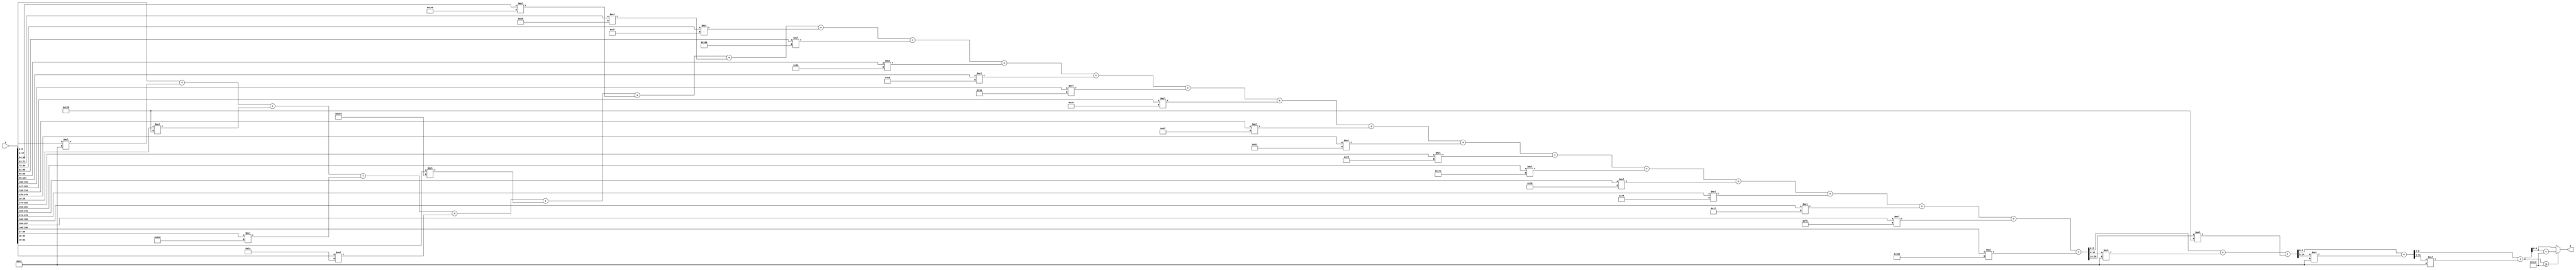
module x_200_mod_461(
    input [200:1] X,
    output [9:1] R
    );

wire [21:1] R_temp_1;
wire [15:1] R_temp_2;
wire [12:1] R_temp_3;
wire [10:1] R_temp_4;
reg [9:1]  R_temp;

assign R_temp_1 = X [ 9 : 1 ]  + X [ 18 : 10 ] * 6'b110011 + X [ 27 : 19 ] * 9'b100101000 + X [ 36 : 28 ] * 9'b101011000 + X [ 45 : 37 ] * 5'b11010 + X [ 54 : 46 ] * 9'b110010100 + X [ 63 : 55 ] * 9'b101000000 + X [ 72 : 64 ] * 8'b10111001 + X [ 81 : 73 ] * 8'b11010111 + X [ 90 : 82 ] * 9'b101101010 + X [ 99 : 91 ] * 5'b10110 + X [ 108 : 100 ] * 8'b11001000 + X [ 117 : 109 ] * 6'b111010 + X [ 126 : 118 ] * 8'b11000000 + X [ 135 : 127 ] * 7'b1101111 + X [ 144 : 136 ] * 8'b10000001 + X [ 153 : 145 ] * 7'b1111101 + X [ 162 : 154 ] * 9'b101111110 + X [ 171 : 163 ] * 7'b1111000 + X [ 180 : 172 ] * 7'b1111111 + X [ 189 : 181 ] * 5'b10111 + X [ 198 : 190 ] * 8'b11111011 + X [ 200 : 199 ] * 9'b101100010 ;

assign R_temp_2 = R_temp_1 [ 9 : 1 ]  + R_temp_1 [ 18 : 10 ] * 6'b110011 + R_temp_1 [ 21 : 19 ] * 9'b100101000 ;

assign R_temp_3 = R_temp_2 [ 9 : 1 ]  + R_temp_2 [ 15 : 10 ] * 6'b110011 ;

assign R_temp_4 = R_temp_3 [ 9 : 1 ]  + R_temp_3 [ 12 : 10 ] * 6'b110011 ;

always @(R_temp_4)
begin
  if (R_temp_4 >= 9'b111001101)
    R_temp <= R_temp_4 - 9'b111001101;
  else
    R_temp <= R_temp_4;
end

assign R = R_temp;

endmodule